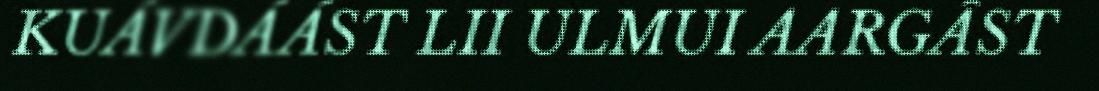
KUÁVDÁÁST LII ULMUI AARGÂST